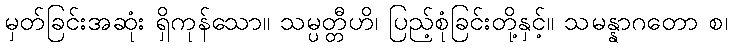
မှတ်ခြင်းအဆုံး ရှိကုန်သော။ သမ္ပတ္တီဟိ၊ ပြည့်စုံခြင်းတို့နှင့်။ သမန္နာဂတော စ၊